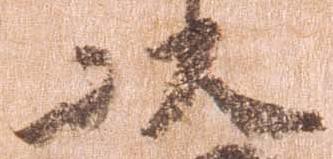
以